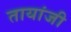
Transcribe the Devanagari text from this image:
तायांजी